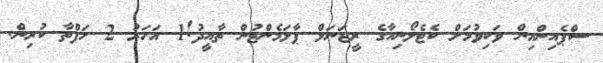
ސްޕެއިންއިން ވަކިވުމަށް ކެޓެލޯނިއާގެ ރީޖަނަލް ޕާލަމެންޓުން ތާއީދު!1 އަހަރު 2 ހަފްތާ ކުރިން.